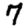
Digit: 7